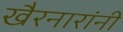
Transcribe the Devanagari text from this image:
खैरनारांनी